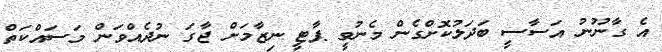
އެ ގާނޫނު އަސާސީ ބަދަލުކޮށްގެން މެނުވީ ޕާޓީ ނިޒާމަށް ޖާގަ ނުދެއްވަން މަސައްކަތް